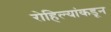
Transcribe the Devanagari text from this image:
रोहिल्यांकडून